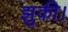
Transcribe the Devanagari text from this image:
झुकी।